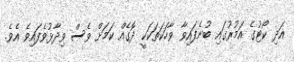
އަދި ކޯޓުގެ އަމުރުގައި ބުނެފައިވާ ވާހަކަތަކަކީ ދޮގެއް ކަމަށް ވެސް ވިދާޅުވެފައިވެ އެވެ.